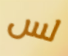
لس